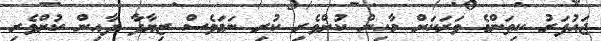
ޖައުފަރު ކިތަންމެ ވަރަކަށް މާހިން ކުށްވެރި ކުރި ނަމަވެސް ޒިޔާދާ ދާއިން ކުށްވެރި